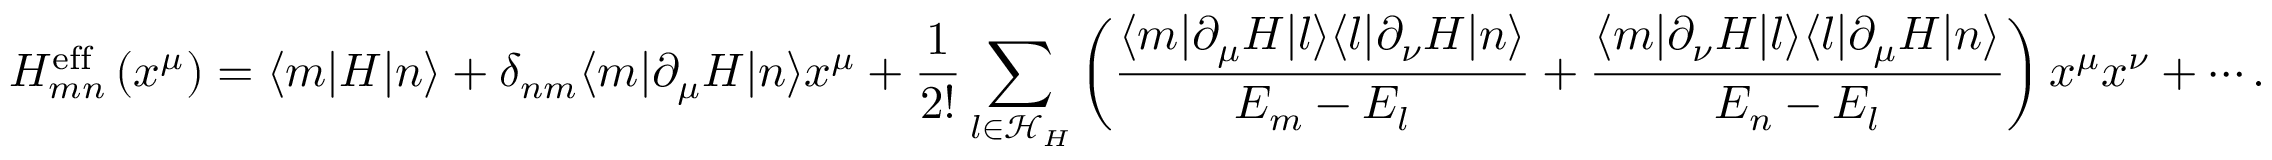
H _ { m n } ^ { \mathrm { e f f } } \left( x ^ { \mu } \right) = \langle m | H | n \rangle + \delta _ { n m } \langle m | \partial _ { \mu } H | n \rangle x ^ { \mu } + { \frac { 1 } { 2 ! } } \sum _ { l \in { \mathcal { H } } _ { H } } \left( { \frac { \langle m | \partial _ { \mu } H | l \rangle \langle l | \partial _ { \nu } H | n \rangle } { E _ { m } - E _ { l } } } + { \frac { \langle m | \partial _ { \nu } H | l \rangle \langle l | \partial _ { \mu } H | n \rangle } { E _ { n } - E _ { l } } } \right) x ^ { \mu } x ^ { \nu } + \cdots .